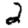
Digit: 2